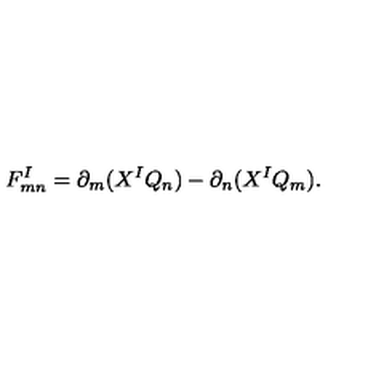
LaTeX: F _ { m n } ^ { I } = \partial _ { m } ( X ^ { I } Q _ { n } ) - \partial _ { n } ( X ^ { I } Q _ { m } ) .